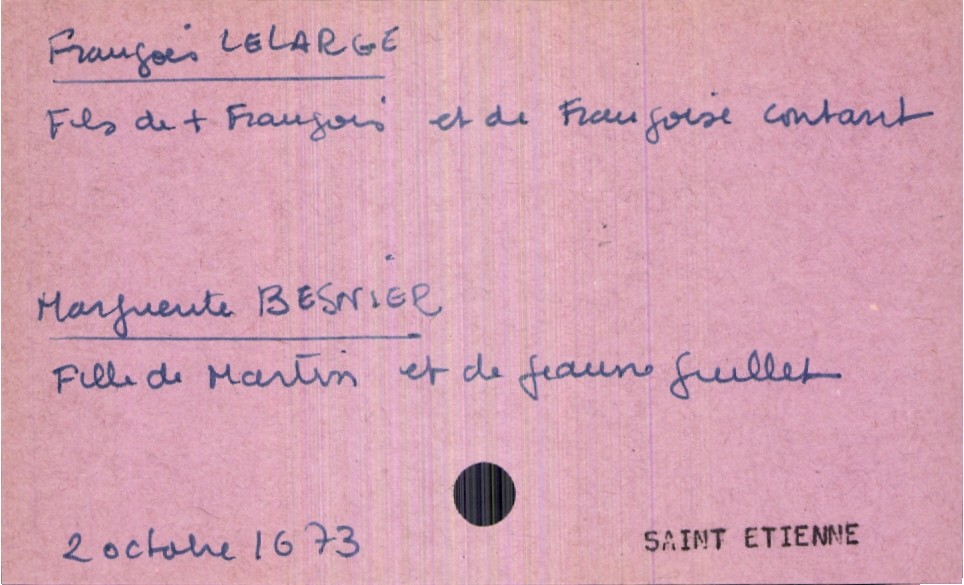
type_acte: Mariage
année: 1673
mois: octobre
jour: 2
paroisse: Saint Etienne
marié_nom: Lelarge
marié_prénom: François
père_marié_nom: Lelarge
père_marié_prénom: François
père_marié_statut: décédé
mère_marié_nom: Contant
mère_marié_prénom: Françoise
mariée_nom: Besnier
mariée_prénom: Marguerite
père_mariée_nom: Besnier
père_mariée_prénom: Martin
mère_mariée_nom: Juillet
mère_mariée_prénom: Jeanne